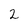
Character: 2